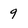
Character: 9